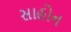
સાહોન